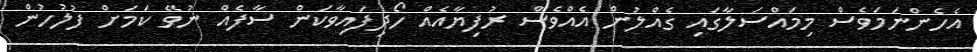
އެހެންނަމަވެސް މިމައްސަލާގައި ގެއްލުން އެއްވެސް ރުފިޔާއެއް ހޯދިފައިވާކަން ސާފެއް ނުވޭ ކަމަށް ފުލުހުން